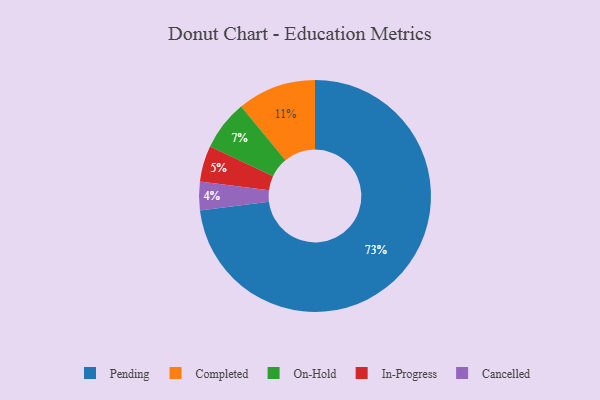
{"axis": {"x": "Category", "y": "Percentage"}, "legend": ["Cancelled", "Completed", "In-Progress", "On-Hold", "Pending"], "data": [{"x": "In-Progress", "y": 5, "type": "In-Progress"}, {"x": "On-Hold", "y": 7, "type": "On-Hold"}, {"x": "Cancelled", "y": 4, "type": "Cancelled"}, {"x": "Pending", "y": 73, "type": "Pending"}, {"x": "Completed", "y": 11, "type": "Completed"}]}